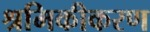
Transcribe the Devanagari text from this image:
श्रमिकीकरण